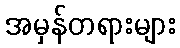
အမှန်တရားများ